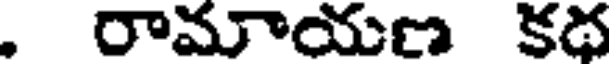
. రామాయణ కథ